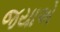
જયાએ